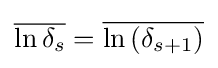
{\overline {\ln \delta _{s}}}={\overline {\ln \left(\delta _{s+1}\right)}}